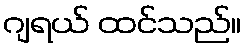
ဂျရယ် ထင်သည်။